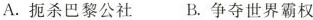
A.扼杀巴黎公社B.争夺世界霸权